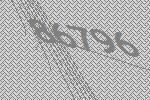
86796